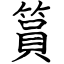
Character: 篔